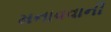
મનાવવાની